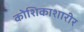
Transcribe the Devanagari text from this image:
कोशिकाशारीर